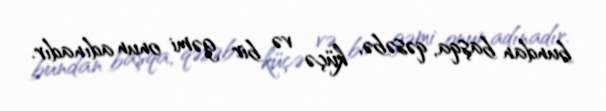
bundan başqa, qəsəbə, küçə və bir gəmi onun adınadır.